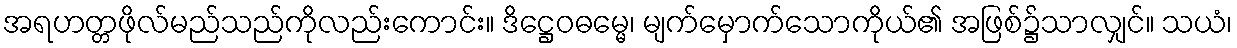
အရဟတ္တဖိုလ်မည်သည်ကိုလည်းကောင်း။ ဒိဋ္ဌေဝဓမ္မေ၊ မျက်မှောက်သောကိုယ်၏ အဖြစ်၌သာလျှင်။ သယံ၊